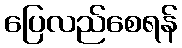
ပြေလည်စေရန်